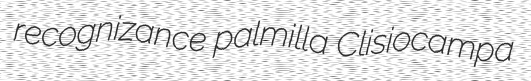
recognizance palmilla Clisiocampa